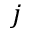
j